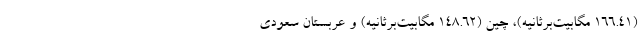
(۱۶۶.۴۱ مگابیت‌برثانیه)، چین (۱۴۸.۶۲ مگابیت‌برثانیه) و عربستان سعودی